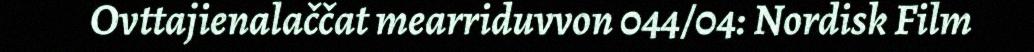
Ovttajienalaččat mearriduvvon 044/04: Nordisk Film